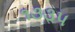
૧૩૩૫